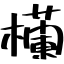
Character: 欗